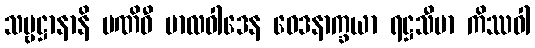
သဗ္ဗဋ္ဌာနာနိ ပဏိဓီ ဗာလဝါဒေန ဝေဒနာက္ခယာ ရဋ္ဌသီမာ ကိဿဝါ